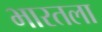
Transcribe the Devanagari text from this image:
भारतला